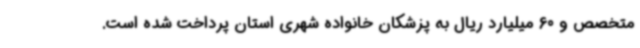
متخصص و 60 میلیارد ریال به پزشکان خانواده شهری استان پرداخت شده است.